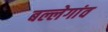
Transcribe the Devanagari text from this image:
बल्लेगांव